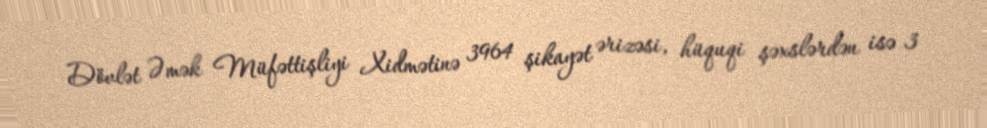
Dövlət Əmək Müfəttişliyi Xidmətinə 3964 şikayət ərizəsi, hüquqi şəxslərdən isə 3